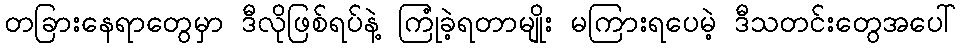
တခြားနေရာတွေမှာ ဒီလိုဖြစ်ရပ်နဲ့ ကြုံခဲ့ရတာမျိုး မကြားရပေမဲ့ ဒီသတင်းတွေအပေါ်